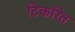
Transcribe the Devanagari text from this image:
टिकरित